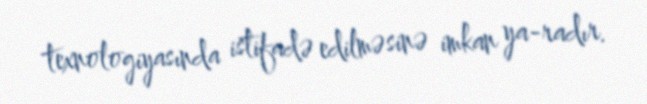
texnologiyasında istifadə edilməsinə imkan ya-radır.